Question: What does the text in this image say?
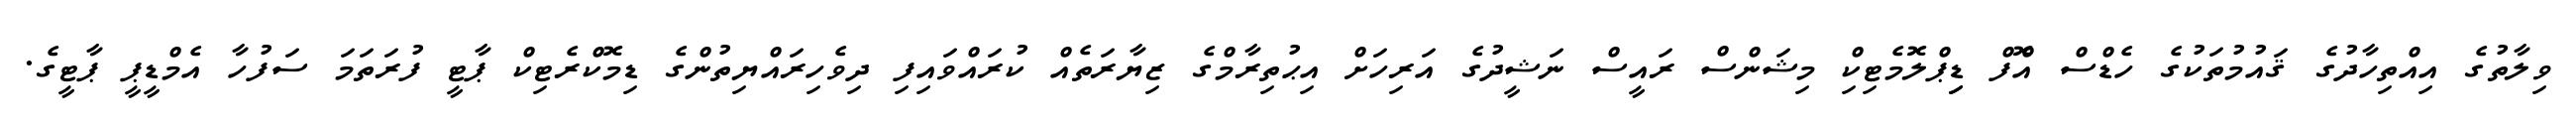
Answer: ވިލާތުގެ އިއްތިހާދުގެ ޤައުމުތަކުގެ ހެޑްސް އޮްފް ޑިިޕްލޮމެޓިކިް މިޝަންސް ރައީސް ނަޝީދުގެ އަރިހަށް އިޙުތިރާމްގެ ޒިޔާރަތެއް ކުރައްވައިފި ދިވެހިރައްޔިތުންގެ ޑިމޮކްރެޓިކް ޕާޓީ ފުރަތަމަ ސަފުހާ އެމްޑީޕީ ޕާޓީގެ.